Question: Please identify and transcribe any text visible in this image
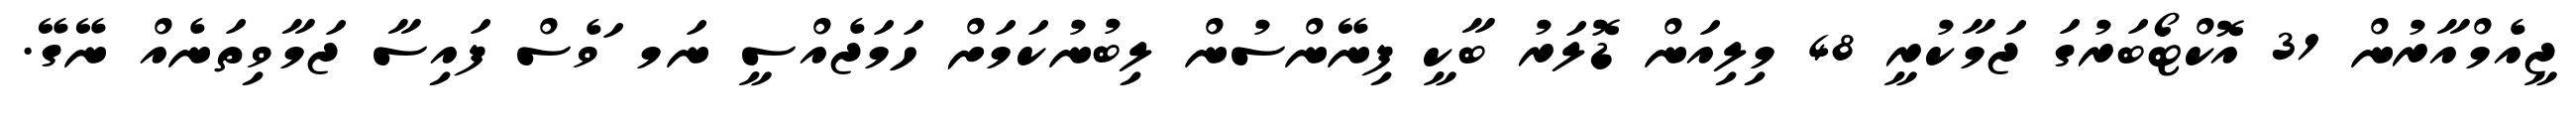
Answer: ޖީއެމްއާރުން 31 އޮކްޓޯބަރުގަ ޖަމާކުރީ 48 މިލިއަން ޑޮލަރު ބާކީ ފިނޭންސުން ލިބުނުކަމަށް ހަމަޖެއްސީ ނަމ ަވެސް ފައިސާ ޖަމާވިތަނެއް ނޭގޭ.